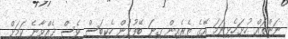
ނަންތައް ހުށަހެޅިނަމަ އޭގެ ތެރެއިން ގިނަ ބޭފުޅުން ހެކިބަސް ވެސް ދެއްވާނެ ކަމަށް